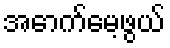
အောက်မေ့ဖွယ်